Vital statistics of India. Vol. VI, European troops 1870-79
Year: 1870
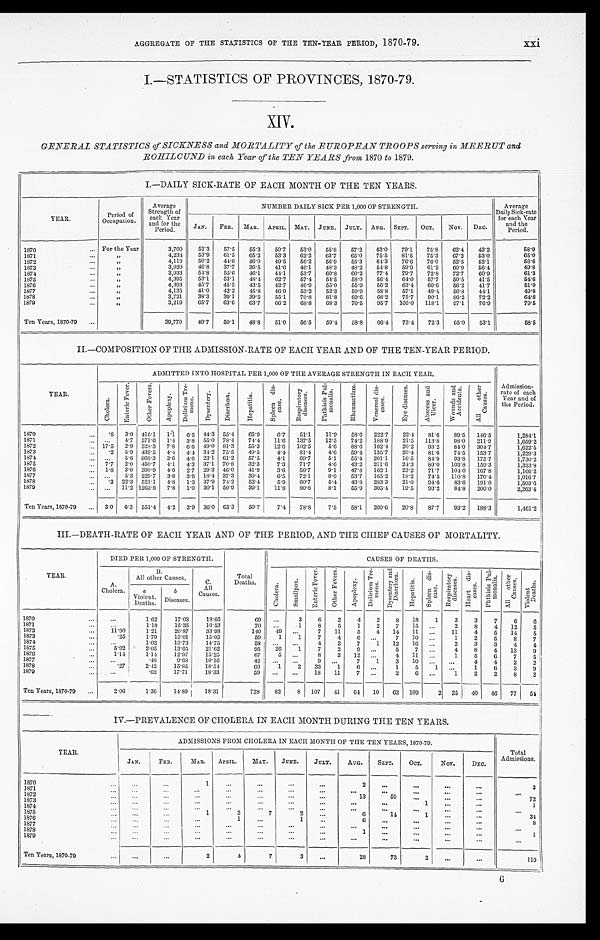
AGGREGATE OF THE STATISTICS OF THE TEN-YEAR PERIOD, 1870-79.
I.—STATISTICS OF PROVINCES, 1870-79.
GENERAL STATISTICS of SICKNESS and MORTALITY of the EUROPEAN TROOPS serving in MEERUT and
ROHILCUND in each Year of the TEN YEARS from 1870 to 1879.
I.—DAILY SICK-RATE OF EACH MONTH OF THE TEN YEARS.
YEAR.
Period of
Occupation.
Average
Strength of
each Year
and for the
Period.
NUMBER DAILY SICK PER 1,000 OF STRENGTH.
Average
Daily Sick-rate
for each Year
and the
Period.
J A N .
FEB.
MAR.
APRIL. MAY.
JUNE.
JULY.
AUG.
SEPT.
OCT.
Nov.
DEC.
For the Year
3,700
52.3
57.5
55.3
50.7
53.0
5 5 . 8
57.2
63.0
79.1
75.8
62.4
43.2
58.9
1870
...
, ,
4,23 4
53.9
6 1 . 5
65.2
53.3
62.2
6 3 . 7
65.0
75.5
81.5
75.3
67.2
53.0
65.0
1871
,,
4,119
50.2
41.6
46.0
49.5
56.2
56.9
55.3
61.3
76.6
76.0
52.5
52.1
5 6 . 6
1872
...
1873
...
,,
3,920
46.8
37.7
36.5
4 1 . 6
46.1
48.3
48'2
54.8
59.9
61.2
69.9
56.4
49.8
, ,
3,933
54.8
55.6
46.1
44.1
53.7
60.8
6 0 . 2
77.4
79.7
72.8
72.7
60.9
61.3
1874
2 f
1875
...
, ,
4,395
53.1
53.1
48.4
62.7
57.4
5 4 . 5
5 8 . 0
5 6 . 4
64.0
57.7
50.5
41.5
5 4 . 6
1876
...
, ,
4,393
45.7
45.5
43.5
42.7
46.9
55.0
55.9
5 6 . 2
63.4
60.6
56.2
41.7
51.0
1877
...
,,
4,135
41.0
42.2
45.8
46.9
53.2
52.3
50.9
58.8
57.1
49-4
56.8
44.1
4 9 . 8
1878
3,721
38.3
39.1
39.5
55.1
70.8
81.8
69.6
68.2
75.7
90.1
86.2
72.2
1879
...
, ,
3,219
65.7
63.6
63.7
66.2
68.8
6 8 . 3
70.5
95.7
105.0
118.1
97.1
76.9
79.5
Ten Years, 1870-79
...
39,770
4 9 . 7
50.1
48.8
51.0
56.5
59.4
5 8 . 8
66.4
7 3 . 4
72.3
65.0
53.1
58.5
II—COMPOSITION OF THE ADMISSION-RATE OF EACH YEAR AND OF THE TEN-YEAR PERIOD.
YEAR.
ADMITTED INTO HOSPITAL PER 1,000 OF THE AVERAGE STRENGTH IN EACH YEAR.
Admission-
rate of each
Year and of
the Period.
C h o l e r a .
E n t e r i c F e v e r .
O t h e r F e v e r s .
A p o p l e x y .
D e l i r i u m T r e m e n s .
D y s e n t e r y .
Di a r r hoe a .
H e p a t i t i s .
S p l e e n
d i s e a s e .
R e s p i r a t o r y d i s e a s e s .
P h t h i s i s
P u l m o n a l i s .
R h e u m a t i s m .
V e n e r a l
d i s e a s e s .
E y e d i s e a s e s .
A b s c e s s a n d U l c e r .
W o u n d s a n d A c c i d e n t s .
A l l o t h e r C a u s e s .
1870
...
.8
3.0 416.1
1 . 1 6.5
44.3 55.4
6 5 . 9
6.7
51.1
11.9
58.6
222.7
22.4
81.6
89.5
146.5
1,284.1
1871
...
...
4.7 571.6
1.4
3.8 55.0 78.4
74.4
11.6
137.5
12.5
74.2 188.9
2 1 . 5 113.8
98.0
211.9
1,659.2
1872
... 17.5
2. 9 528.3
7.8
6.6 49.0 81.3
55.3
12.6
102.5
5.6
88.6
162.4
20.2
93.2
84.0
304.7
1,622.5
1873
.2
5.9 439.5
4.4
4..4 31.2 75.5
49 . 5
4.4
81.4
4.6
59,4
135. 7
20.4
81:6
74.5
153.7
1,229.3
1874
. . .
5.6 868.3
3.6
4.6 23.1 61.2
57.5
4.1
69.7
5.1
55.4 201.1
16.5
84.9
93.8
175.7
1,730.2
1875
...
7.7
2.0 450.7
4.1
4.3 37.1 70.8
32.3
7.3
71.7
4.6
43.2
211.6
2 4 . 3 89.0
103.8
159.3
1,323.8
1876. ..
1.8
3.0 390.9
4.6
2.7 29.3 46.0
41.9
3.6
5 6 . 7
9.1
47.8
162.1
23.2
71.7
104..0 167.8
1,166.2
1877
...
5.3 229.7
3.6
3.6 18.4 37.3
3 9 . 4
6.5
72.1
8.0
53.7
165.2
18.2
74.5
110.8
170.4
1,016.7
1878
...
...
.3 22.3 521.1
4.8
1 . 3 37.9 74'2
52.4
5.9
60'7
5.4
43.8
28:3.3
21.0
94.6
83.6
191.0
1,503.6
1879...
...
11.2 1263.8
7.8
l.O 30.1 50.9
39.1
11.8
80.8
8.1
55.9
305.4
19.5
93.2
84.8
200.0
2,263.4
Ten Years, 1870-79
...
3.0
6.3
5 5 1 . 4 4.2
3.9 36.0 63.3
50.7
7.4
78.8
7.5
58.1
200.6
20.8
87.7
93.2
188.3
1,461.2
III.—DEATH-RATE OF EACH YEAR AND OF THE PERIOD, AND THE CHIEF CAUSES OF MORTALITY.
YEAR.
DIED PER 1,000 OF STRENGTH .
Total
Deaths.
CAUSES OF DEATHS.
A.
Cholera.
B..
All other Causes,
C.
Al l
Causes.
C h o l e r a .
S m a l l p o x .
E n t e r i c F e v e r .
O t h e r F e v e r s .
A p o p l e x y .
D e l i r i u m T r e m e n s .
D y s e n t e r y a n d D i a r r h o e a .
H e p a t i t i s .
S p l e e n d i s e a s e s .
R e s p i r a t o r y
d i s e a s e s .
H e a r t d i s e a s e s .
P h t h i s i s
P u l m o n a l i s .
A l l o t h e r C a u s e s .
V i o l e n t D e a t h .
a
Violent.
Deaths.
b D i s e a s e s .
1870
...
...
1.62
17.03
18.65
69
...
3
6
2
4
2
8
18
1
3
3
7
6
6
1871
...
...
1 . 1 8
15.35
16.53
70
. . .
1
8
5
1
2
7 15
. . .
2
8
4
12
5
1872
...
11.90
1 . 2 1
20.87
3 3 . 9 8
140
49
. . .
7
11
5
4
14
11
...
11
4
5
14
5
1873
...
.25
1.79
13.01
15.05
59
1
1
7
4
6
...
7
10
...
1
2
5
8
7
1874
...
...
1.02
13.73
1 4 . 7 5
58
..
...
4
2
7
1
12
16
...
2
3
3
4
4
1875
5.92
2-05
13.65
21.62
95
26
1
7
2
9
...
5
7
...
4
8
4
13
9
. ..
1876
1.14
1.14
12.97
15.25
67
5
. . .
8
3
12
4
11
1
5
6
7
5
1877
...
...
.48
9.68
10.16
4 2
. . .
. . .
9
. . .
7
...
3
10
...
...
4
4
2
2
1878
...
.27
2.42
15.85
18.54
69
1
2
33
1
6
...
1
5
1
. . .
1
6
3
9
1879
...
. . .
.62
17.71
18.33
59
. . .
. . . 18
11
7
...
2
6
...
1
2
2
8
2
Ten Years, 1870-79
...
2.06
1.36 14.89
18.31
728
82
8 107
41
64
10
63
109
2 25
40
46
77
54
IV.—PREVALENCE OF CHOLERA IN EACH MONTH DURING THE TEN YEARS.
Total
Admissions.
YEAR.
ADMISSIONS FROM CHOLERA IN EACH MONTH OF THE TEN YEARS, 1870-79.
JAN.
FEB.
MAR.
APRIL.
MAY.
JUNE.
JULY.
AUG.
SEPT.
OCT.
Nov.
DEC.
1870
. . .
. . .
1
...
...
...
. . .
2
. . .
. . .
. . .
. . .
3
1871
. . .
. . .
. . .
. . .
. . .
. . .
. . .
. . .
. . .
. . .
. . .
. . .
1 8 7 2
. . .
. . .
...
. . .
. . .
. . .
. . .
13
5 9
. . .
. . .
. . .
7 2
1 8 7 3
. . .
. . .
...
. . .
. . .
. . .
. . .
. . .
. . .
1
. . .
. . .
1
1874
...
. . .
. . .
...
. . .
. . .
. . .
. . .
...
...
. . .
. . .
. . .
. . .
1875
...
. . .
1
3
7
2
6
14
1
...
...
34
1876
...
. . .
...
...
1
...
1
...
6
...
...
. . .
. . .
8
1877
. . .
. . .
...
...
...
...
. . .
...
...
...
...
...
. . .
1878
. . .
. . . ...
. . .
. . .
. . .
. . .
1
. . .
. . .
. . .
. . .
. . .
1879
...
...
...
...
. . .
...
...
...
...
...
. . .
. . .
. . .
. . .
Ten Years, 1870-79
. . .
. . .
2
4
7
3
...
28
73
2
...
...
119
6